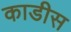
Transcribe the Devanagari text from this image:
काडीस